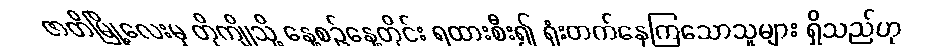
ဇာတိမြို့လေးမှ တိုကျိုသို့ နေ့စဉ်နေ့တိုင်း ရထားစီး၍ ရုံးတက်နေကြသောသူများ ရှိသည်ဟု